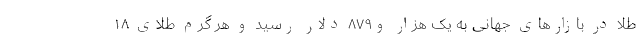
طلا در بازار‌های جهانی به یک هزار و۸۷۹ دلار رسید و هر گرم طلای ۱۸